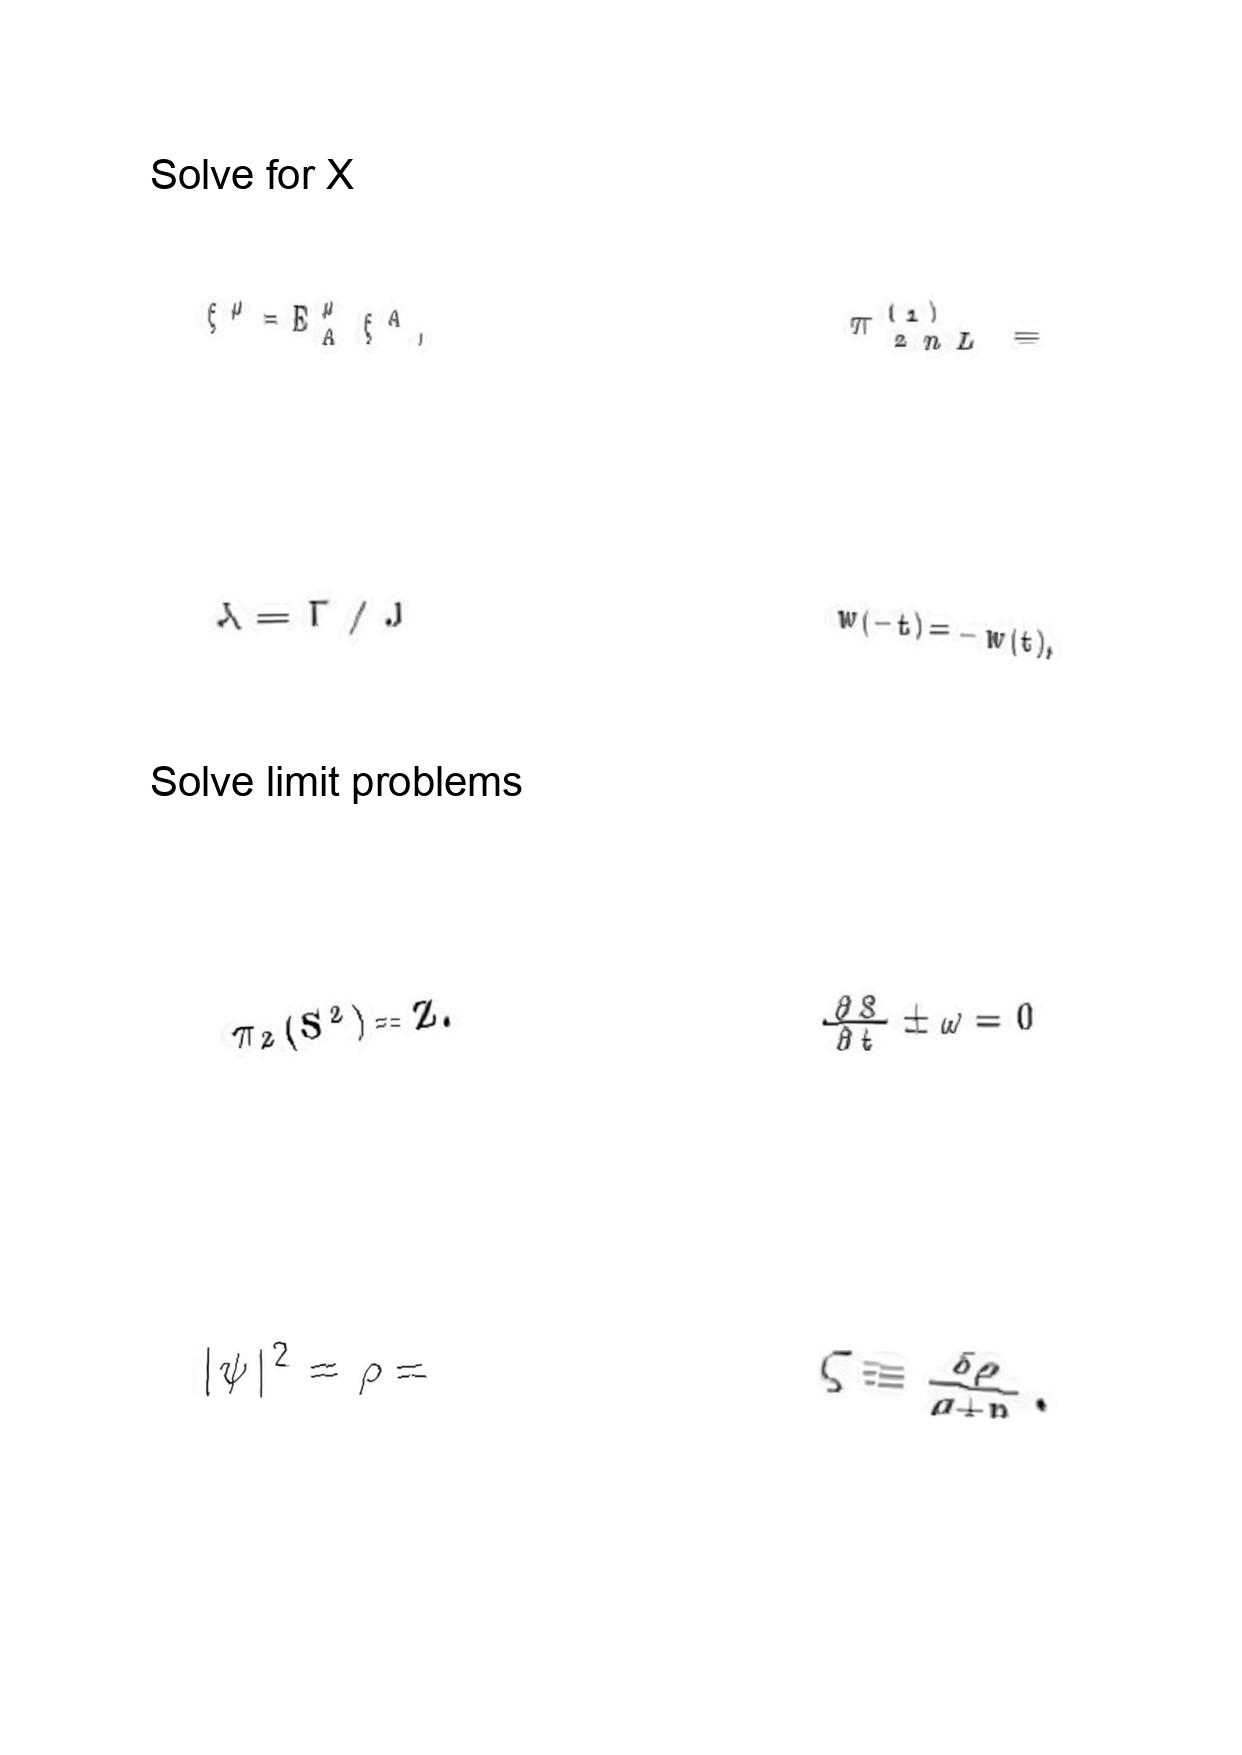
LaTeX transcription:
\xi ^ { \mu } = E _ { A } ^ { \mu } \xi ^ { A } ,
\lambda = \Gamma / J
\pi _ { 2 } \lparen S ^ { 2 } \rparen = Z .
\vert \psi \vert ^ { 2 } = \rho =
\pi _ { 2 n L } ^ { \lparen 1 \rparen } =
w \lparen - t \rparen = - w \lparen t \rparen ,
\frac { \partial S } { \partial t } \pm \omega = 0
\zeta \equiv \frac { \delta \rho } { \rho + p } .